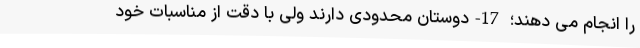
را انجام می ­دهند؛ 17-دوستان محدودی دارند ولی با دقت از مناسبات خود